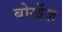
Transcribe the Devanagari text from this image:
बोर्खेज़